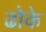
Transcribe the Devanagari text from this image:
ढोके